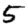
Digit: 5